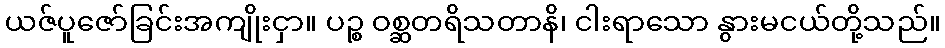
ယဇ်ပူဇော်ခြင်းအကျိုးငှာ။ ပဉ္စ ဝစ္ဆတရိသတာနိ၊ ငါးရာသော နွားမငယ်တို့သည်။